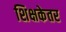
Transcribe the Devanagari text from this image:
शिक्षकेतर